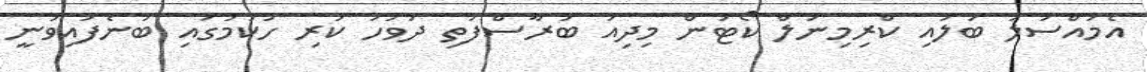
އެމައްސަލަ ބަލައި ކްރިމިނަލް ކޯޓުން މިދިއަ ބުރާސްފަތި ދުވަހު ކުރި ހުކުމުގައި ބުނެފައިވަނީ